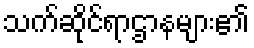
သက်ဆိုင်ရာဌာနများ၏